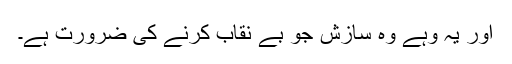
اور یہ وہے وہ سازش جو بے نقاب کرنے کی ضرورت ہے۔